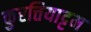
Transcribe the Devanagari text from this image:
कुरत्तियाट्टम